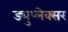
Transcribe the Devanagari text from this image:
ड्युप्लेक्सर